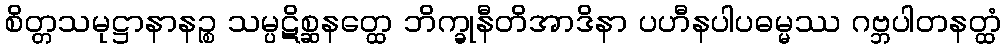
စိတ္တသမုဋ္ဌာနာနဉ္စ သမ္ပဋိစ္ဆနတ္ထေ ဘိက္ခုနီတိအာဒိနာ ပဟီနပါပဓမ္မဿ ဂဗ္ဘပါတနတ္ထံ